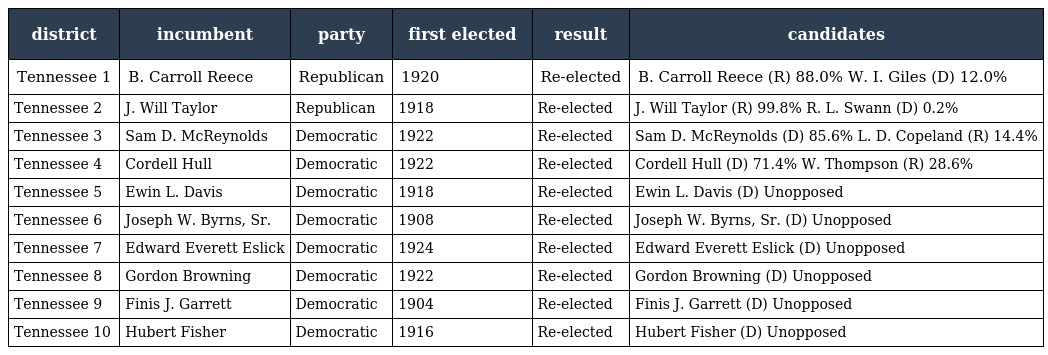
| district | incumbent | party | first elected | result | candidates |
 | --- | --- | --- | --- | --- | --- |
 | Tennessee 1 | B. Carroll Reece | Republican | 1920 | Re-elected | B. Carroll Reece (R) 88.0% W. I. Giles (D) 12.0% |
 | Tennessee 2 | J. Will Taylor | Republican | 1918 | Re-elected | J. Will Taylor (R) 99.8% R. L. Swann (D) 0.2% |
 | Tennessee 3 | Sam D. McReynolds | Democratic | 1922 | Re-elected | Sam D. McReynolds (D) 85.6% L. D. Copeland (R) 14.4% |
 | Tennessee 4 | Cordell Hull | Democratic | 1922 | Re-elected | Cordell Hull (D) 71.4% W. Thompson (R) 28.6% |
 | Tennessee 5 | Ewin L. Davis | Democratic | 1918 | Re-elected | Ewin L. Davis (D) Unopposed |
 | Tennessee 6 | Joseph W. Byrns, Sr. | Democratic | 1908 | Re-elected | Joseph W. Byrns, Sr. (D) Unopposed |
 | Tennessee 7 | Edward Everett Eslick | Democratic | 1924 | Re-elected | Edward Everett Eslick (D) Unopposed |
 | Tennessee 8 | Gordon Browning | Democratic | 1922 | Re-elected | Gordon Browning (D) Unopposed |
 | Tennessee 9 | Finis J. Garrett | Democratic | 1904 | Re-elected | Finis J. Garrett (D) Unopposed |
 | Tennessee 10 | Hubert Fisher | Democratic | 1916 | Re-elected | Hubert Fisher (D) Unopposed |